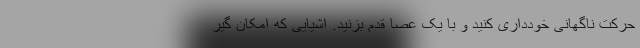
حرکت ناگهانی خودداری کنید و با یک عصا قدم بزنید. اشیایی که امکان گیر